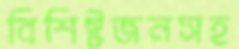
বিশিষ্টজনসহ